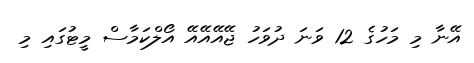
އޭނާ މި މަހުގެ 12 ވަނަ ދުވަހު ޖޭއޭއޭއޭ އޯލްކަމާސް މީޓުގައި މި